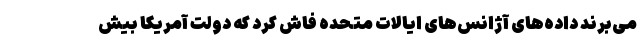
می‌برند داده‌های آژانس‌های ایالات متحده فاش کرد که دولت آمریکا بیش